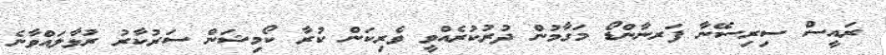
ރައީސް ސިރިސޭނާ ފަރނާންޑޯ މަގާމުން ދުރުކުރެއްވީ ވެރިކަން ކުރާ ކޯމިޝަން ސަރުކާރު ރުޅާލައްވާނެ